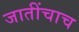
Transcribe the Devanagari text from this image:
जातींचाच